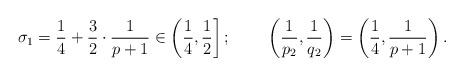
LaTeX: \begin{align*} & \sigma_1 = \frac{1}{4} + \frac{3}{2} \cdot \frac{1}{p+1} \in \left(\frac{1}{4}, \frac{1}{2}\right];& & \left(\frac{1}{p_2}, \frac{1}{q_2}\right) = \left(\frac{1}{4}, \frac{1}{p+1}\right).&\end{align*}